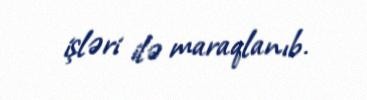
işləri ilə maraqlanıb.